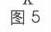
图 5